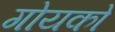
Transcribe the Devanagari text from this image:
गोयको